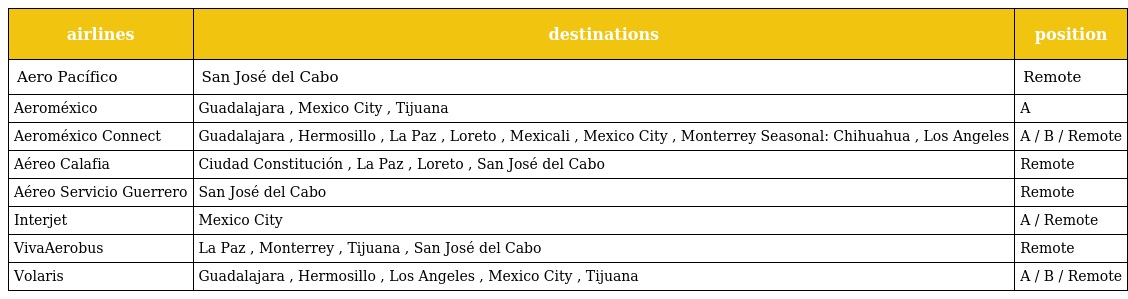
| airlines | destinations | position |
 | --- | --- | --- |
 | Aero Pacífico | San José del Cabo | Remote |
 | Aeroméxico | Guadalajara , Mexico City , Tijuana | A |
 | Aeroméxico Connect | Guadalajara , Hermosillo , La Paz , Loreto , Mexicali , Mexico City , Monterrey Seasonal: Chihuahua , Los Angeles | A / B / Remote |
 | Aéreo Calafia | Ciudad Constitución , La Paz , Loreto , San José del Cabo | Remote |
 | Aéreo Servicio Guerrero | San José del Cabo | Remote |
 | Interjet | Mexico City | A / Remote |
 | VivaAerobus | La Paz , Monterrey , Tijuana , San José del Cabo | Remote |
 | Volaris | Guadalajara , Hermosillo , Los Angeles , Mexico City , Tijuana | A / B / Remote |